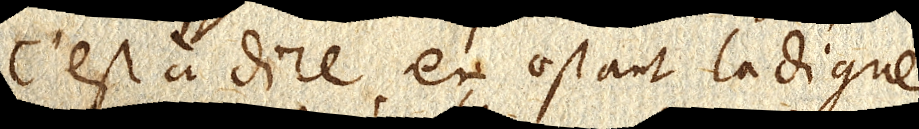
c’est à dire en ostant la digue